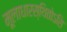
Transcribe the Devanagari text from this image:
मूलाधारस्थितोऽसि